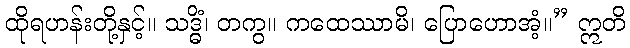
ထိုရဟန်းတို့နှင့်။ သဒ္ဓိံ၊ တကွ။ ကထေဿာမိ၊ ပြောဟောအံ့။” ဣတိ